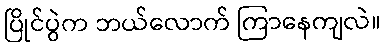
ပြိုင်ပွဲက ဘယ်လောက် ကြာနေကျလဲ။